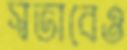
স্বভাবেও